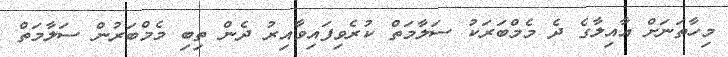
މިހާތަނަށް އާއިލާގެ ދެ މެމްބަރަކު ސަލާމަތް ކުރެވިފައިވާއިރު ދެން ތިބި މެމްބަރުން ސަލާމަތް